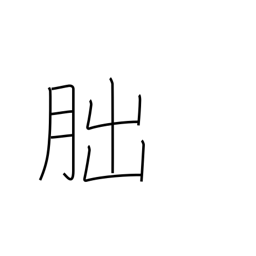
Meaning: crescent moon